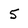
Character: 5